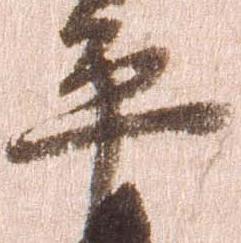
平